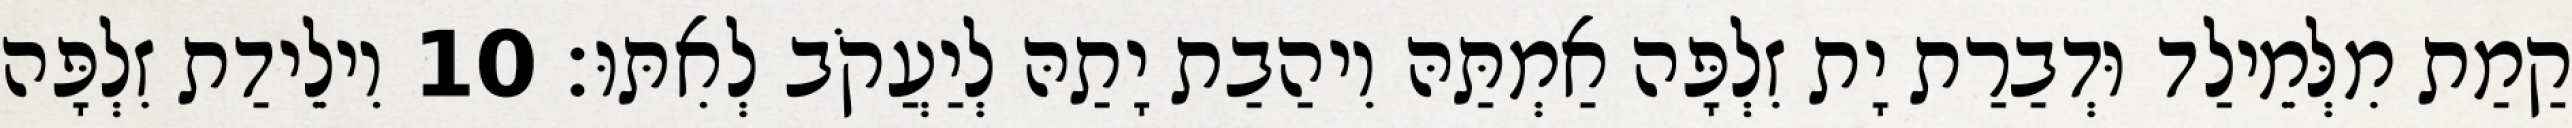
קַמַת מִלְּמֵילַד וּדְבַרַת יָת זִלְפָּה אַמְתַּהּ וִיהַבַת יָתַהּ לְיַעֲקֹב לְאִתּוּ׃ 10 וִילֵידַת זִלְפָּה